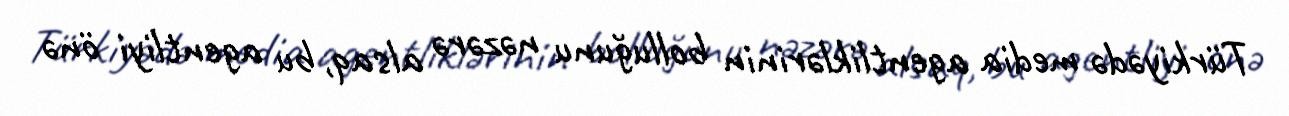
Türkiyədə media agentliklərinin bolluğunu nəzərə alsaq, bu agentliyi önə